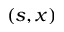
( s , x )